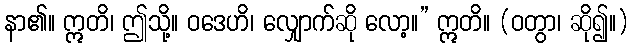
နာ၏။ ဣတိ၊ ဤသို့။ ဝဒေဟိ၊ လျှောက်ဆို လော့။” ဣတိ။ (ဝတွာ၊ ဆို၍။)